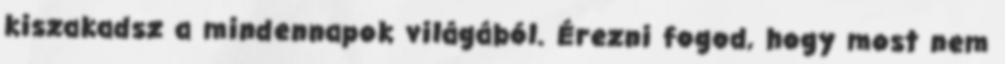
kiszakadsz a mindennapok világából. Érezni fogod, hogy most nem